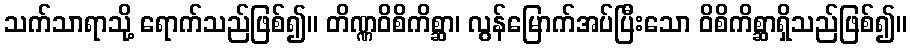
သက်သာရာသို့ ရောက်သည်ဖြစ်၍။ တိဏ္ဏဝိစိကိစ္ဆာ၊ လွန်မြောက်အပ်ပြီးသော ဝိစိကိစ္ဆာရှိသည်ဖြစ်၍။